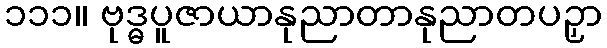
၁၁၁။ ဗုဒ္ဓပူဇာယာနုညာတာနုညာတပဉှာ